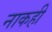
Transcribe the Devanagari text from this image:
नाकही